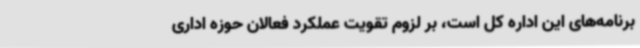
برنامه‌های این اداره کل است، بر لزوم تقویت عملکرد فعالان حوزه اداری